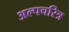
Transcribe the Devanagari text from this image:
अल्पचरित्र